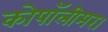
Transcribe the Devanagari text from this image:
कोपॉलीमर।